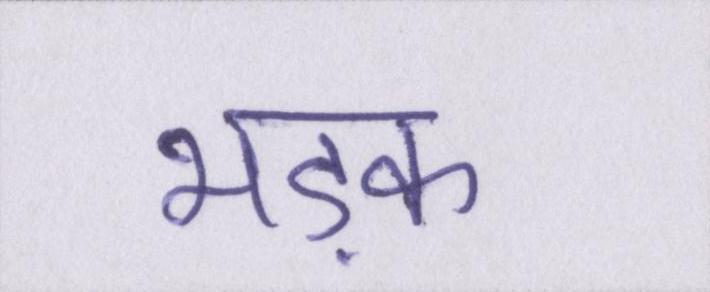
भड़क